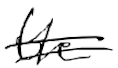
Text: the
Cross-out: double-line
Writing tool: digital_black